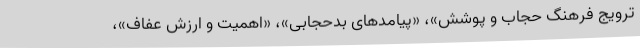
ترویج فرهنگ حجاب و پوشش»، «پیامدهای بدحجابی»، «اهمیت و ارزش عفاف»،